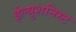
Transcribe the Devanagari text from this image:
ईल्युशनिस्ट